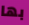
بها